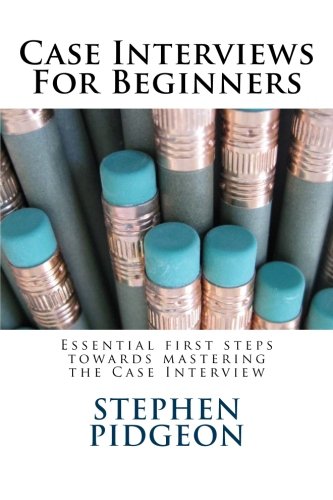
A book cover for Case Interviews For Beginners; Stephen Pidgeon; Business & Money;